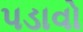
પડાવો